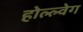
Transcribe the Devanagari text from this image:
होल्ल्वेग